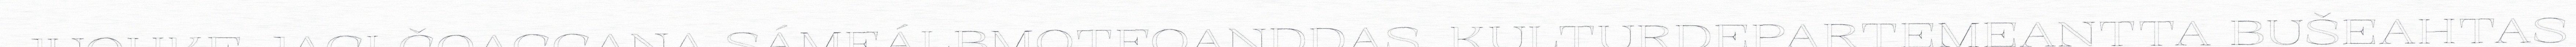
JUOHKE JAGI ČOAGGANA SÁMEÁLBMOTFOANDDAS. KULTURDEPARTEMEANTTA BUŠEAHTAS